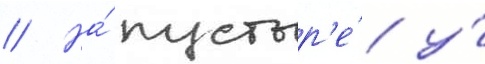
// На́ пустыр'е́ у́